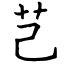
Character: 芑